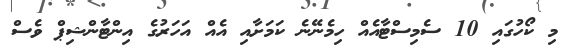
މި ކޯހުގައި 10 ސެމިސްޓާއެއް ހިމެނޭނެ ކަމަށާއި އެއް އަހަރުގެ އިންޓާންޝިޕް ވެސް